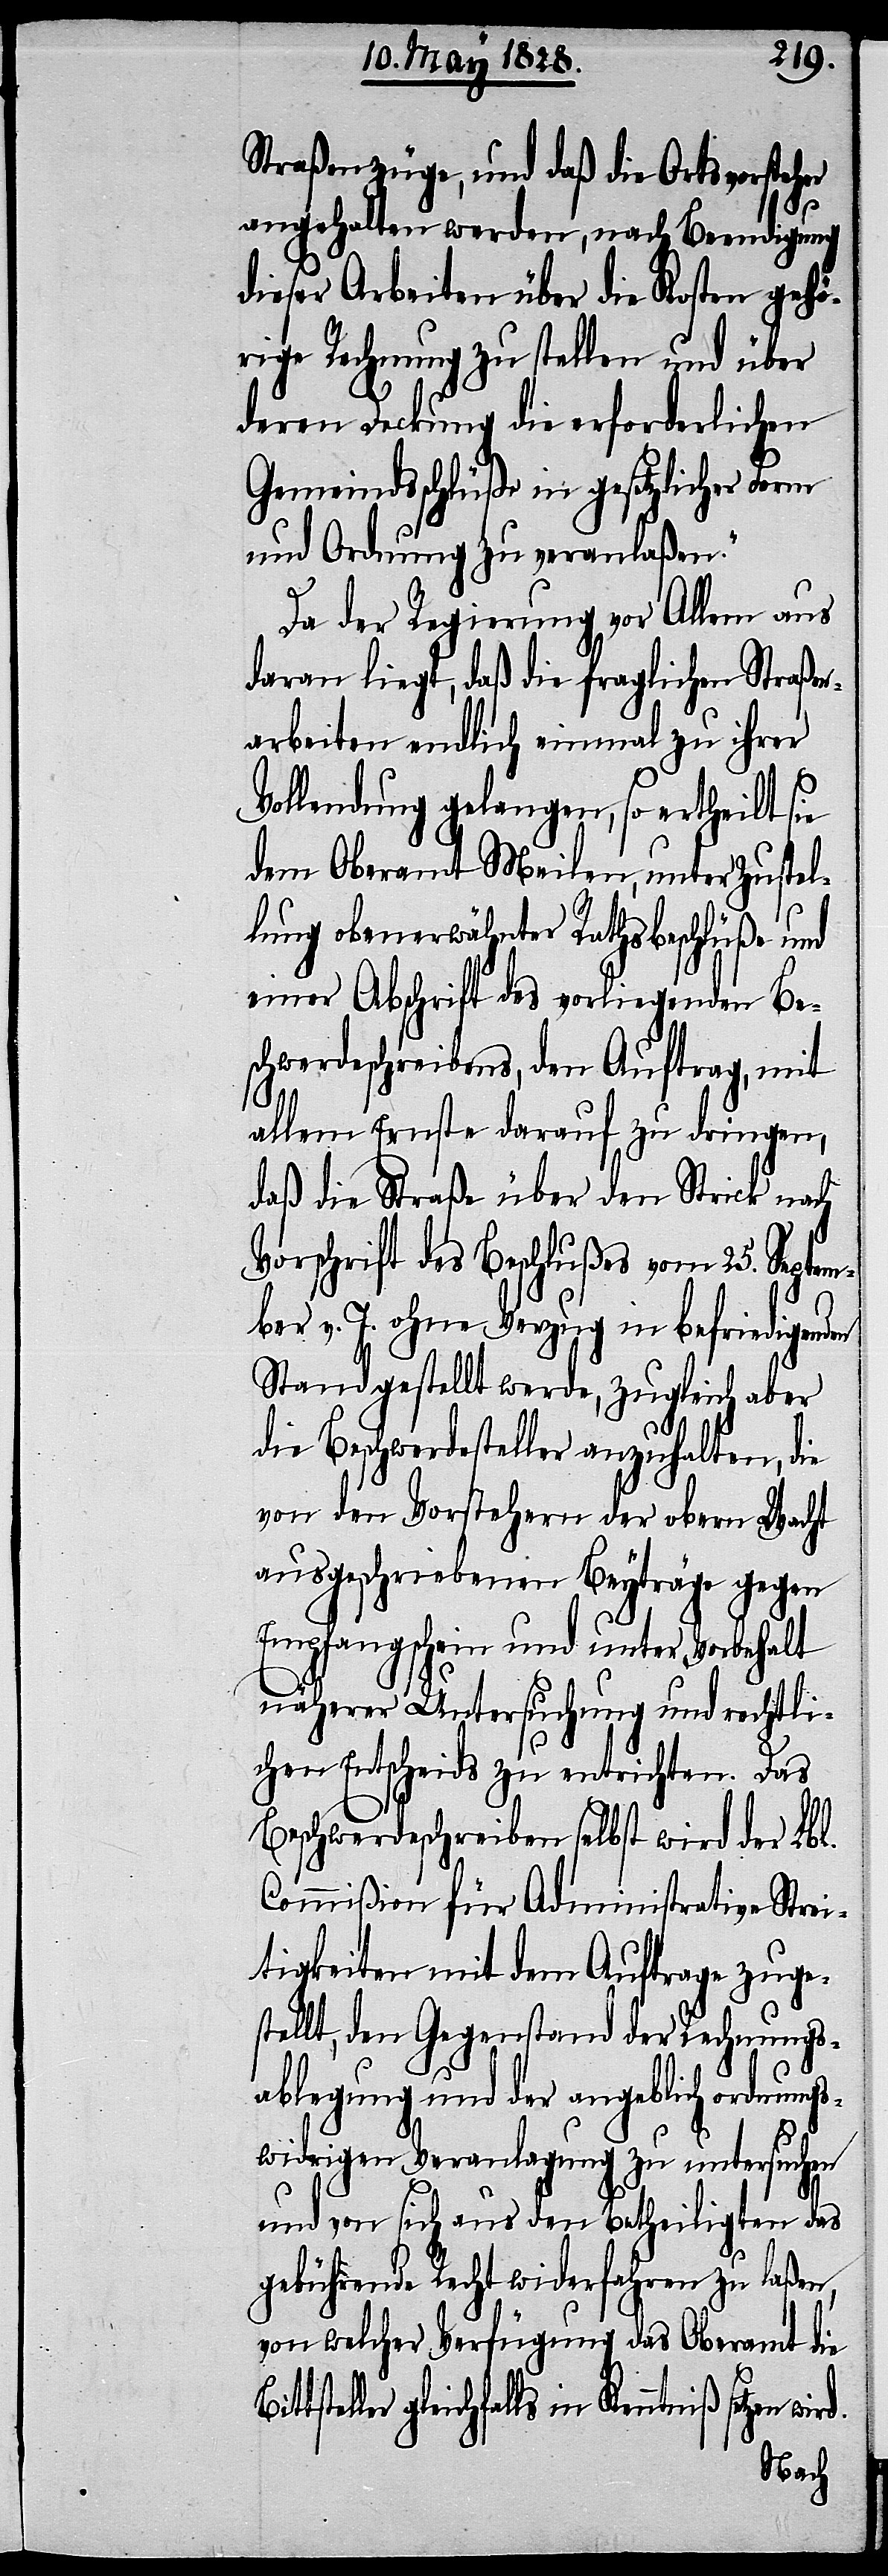
Straßenzüge, und daß die Ortsvorsteher
angehalten werden, nach Beendigung
dieser Arbeiten über die Kosten gehö¬
rige Rechnung zu stellen und über
deren Deckung die erforderlichen
Gemeindsbeschlüße in gesetzlicher Form
und Ordnung zu veranlaßen.“
Da der Regierung vor Allem aus
daran liegt, daß die fraglichen Straßen¬
arbeiten endlich einmal zu ihrer
Vollendung gelangen, so ertheilt sie
dem Oberamt Meilen, unter Zustel¬
lung obenerwähnter Rathsbeschlüße und
einer Abschrift des vorliegenden Be¬
schwerdeschreibens, den Auftrag, mit
allem Ernste darauf zu dringen,
daß die Straße über den Strick nach
Vorschrift des Beschlußes vom 25. Septem¬
ber v. J. ohne Verzug in befriedigenden
Stand gestellt werde, zugleich aber
die Beschwerdesteller anzuhalten, die
von den Vorstehern der obern Wacht
ausgeschriebenen Beyträge gegen
Empfangschein und unter Vorbehalt
näherer Untersuchung und rechtli¬
chen Entscheids zu entrichten. Das
Beschwerdeschreiben selbst wird der Lbl.
Commißion für Administrative Strei¬
tigkeiten mit dem Auftrage zuges¬
tellt, den Gegenstand der Rechnungs¬
ablegung und der angeblich ordnungs¬
widrigen Veranlagung zu untersuchen
und von sich aus den Betheiligten das
gebührende Recht widerfahren zu laßen,
von welcher Verfügung das Oberamt die
gleichfalls in Kenntniß setzen